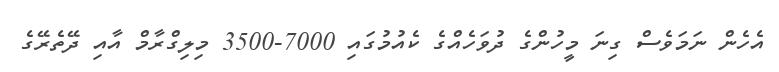
އެހެން ނަމަވެސް ގިނަ މީހުންގެ ދުވަހެއްގެ ކެއުމުގައި 7000-3500 މިލިގްރާމް އާއި ދޭތެރޭގެ